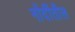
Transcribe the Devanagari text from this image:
नोंदींतील